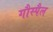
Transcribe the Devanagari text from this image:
गौस्पैल